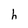
Character: h